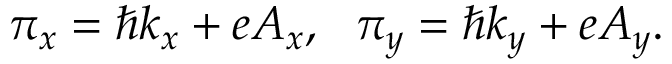
\begin{array} { r } { \pi _ { x } = \hbar k _ { x } + e A _ { x } , ~ ~ \pi _ { y } = \hbar k _ { y } + e A _ { y } . } \end{array}